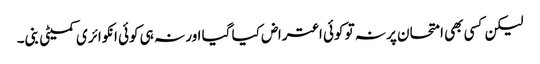
لیکن کسی بھی امتحان پر نہ تو کوئی اعتراض کیا گیا اور نہ ہی کوئی انکوائری کمیٹی بنی۔